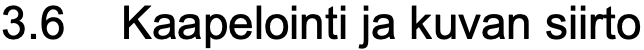
3.6 Kaapelointi ja kuvan siirto